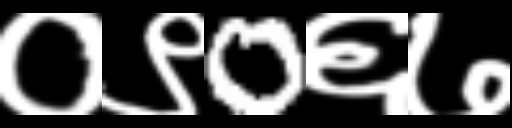
Text: ०९0६७